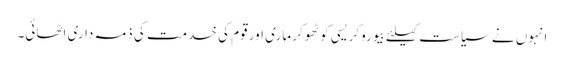
انہوں نے سیاست کیلئے بیوروکریسی کو ٹھوکر ماری اور قوم کی خدمت کی ذمہ داری اٹھائی۔